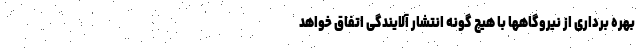
بهره برداری از نیروگاهها با هیچ گونه انتشار آلایندگی اتفاق خواهد